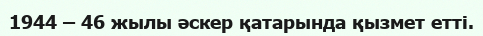
1944 – 46 жылы әскер қатарында қызмет етті.